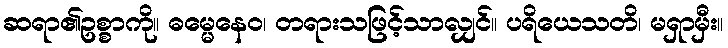
ဆရာ၏ဥစ္စာကို။ ဓမ္မေနေဝ၊ တရားသဖြင့်သာလျှင်။ ပရိယေသတိ၊ မရှာမှီး။